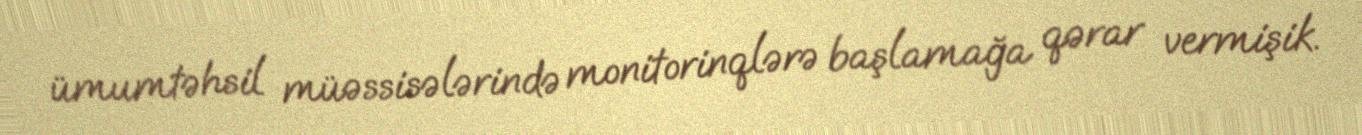
ümumtəhsil müəssisələrində monitorinqlərə başlamağa qərar vermişik.